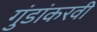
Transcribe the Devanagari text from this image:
गुंडांकरवी